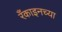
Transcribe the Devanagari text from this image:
रँकाइनच्या